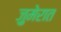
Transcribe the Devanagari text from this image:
ज़ुमेरात